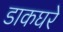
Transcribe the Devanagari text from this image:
डाकघरे